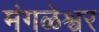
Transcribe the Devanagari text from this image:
मंगळेश्वर